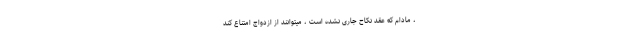
، مادام که عقد نکاح جاری نشده است ، میتوانند از ازدواج امتناع کند